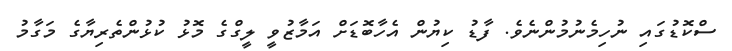
ސްކޮޑުގައި ނުހިމެނުމުންނެވެ. ފާޑު ކިޔުން އެހާބޮޑަށް އަމާޒުވީ ލީގްގެ މޮޅު ކުޅުންތެރިޔާގެ މަގާމު